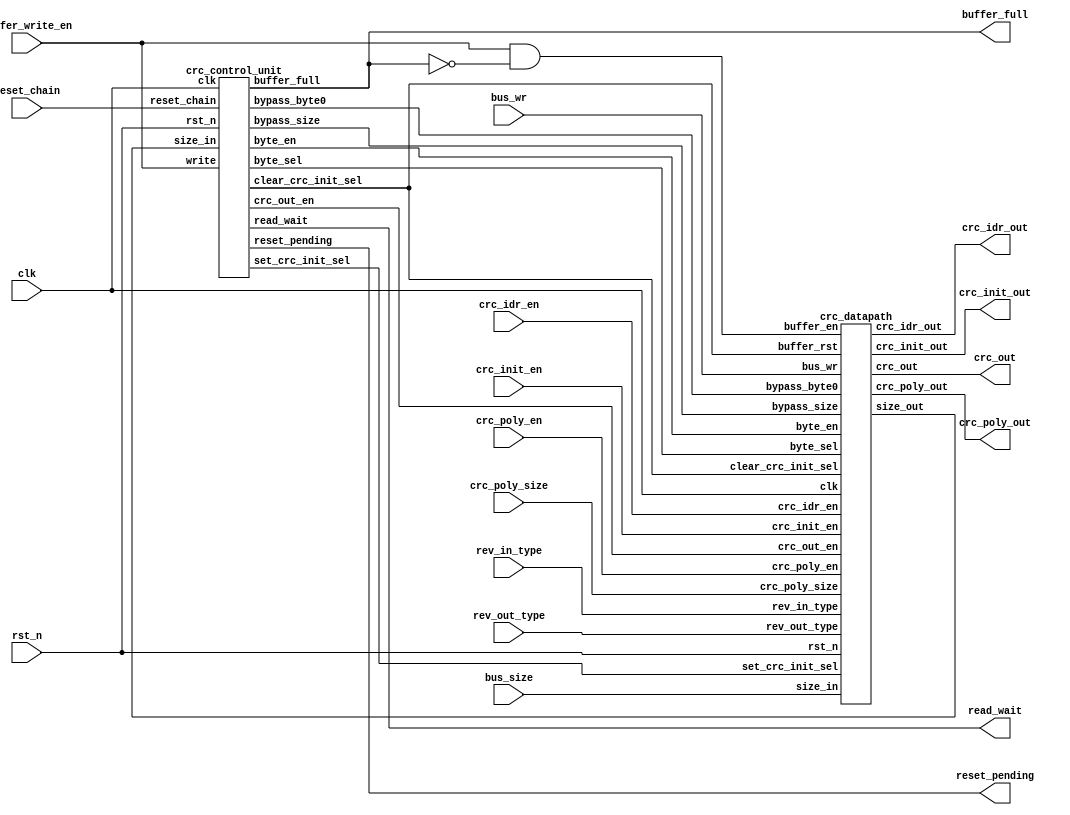
`define size ((DATA_SIZE/4) * (2 ** (type - 1)))

module crc_unit
(
 //OUTPUTS
 output [31:0] crc_poly_out,
 output [31:0] crc_out,
 output [31:0] crc_init_out,
 output [7:0] crc_idr_out,
 output buffer_full,
 output read_wait,
 output reset_pending,
 //INPUTS
 input [31:0] bus_wr,
 input [ 1:0] crc_poly_size,
 input [ 1:0] bus_size,
 input [ 1:0] rev_in_type,
 input rev_out_type,
 input crc_init_en,
 input crc_idr_en,
 input crc_poly_en,
 input buffer_write_en,
 input reset_chain,
 input clk,
 input rst_n
);

//Interconection signals
wire [ 1:0] size_in;
wire [ 1:0] byte_sel;
wire clear_crc_init;
wire set_crc_init;
wire bypass_byte0;
wire bypass_size;
wire crc_out_en;
wire byte_en;
wire buffer_en;

//The write in the buffer only occur if there is free space
assign buffer_en = buffer_write_en && !buffer_full;

//Instance of the Datapath
crc_datapath DATAPATH
(
 .crc_out            ( crc_out        ),
 .size_out           ( size_in        ),
 .crc_idr_out        ( crc_idr_out    ),
 .crc_poly_out       ( crc_poly_out   ),
 .crc_init_out       ( crc_init_out   ),
 .bus_wr             ( bus_wr         ), 
 .rev_in_type        ( rev_in_type    ),
 .rev_out_type       ( rev_out_type   ),
 .buffer_en          ( buffer_en      ),
 .byte_en            ( byte_en        ),
 .crc_init_en        ( crc_init_en    ),
 .crc_out_en         ( crc_out_en     ),
 .crc_idr_en         ( crc_idr_en     ),
 .crc_poly_en        ( crc_poly_en    ),
 .buffer_rst         ( clear_crc_init ),
 .bypass_byte0       ( bypass_byte0   ),
 .bypass_size        ( bypass_size    ),
 .byte_sel           ( byte_sel       ),
 .size_in            ( bus_size       ),
 .clear_crc_init_sel ( clear_crc_init ),
 .set_crc_init_sel   ( set_crc_init   ),
 .crc_poly_size      ( crc_poly_size  ),
 .clk                ( clk            ),
 .rst_n              ( rst_n          )
);

//Instance of the Control unit
crc_control_unit CONTROL_UNIT
(
 .byte_en            ( byte_en          ),
 .crc_out_en         ( crc_out_en       ),
 .byte_sel           ( byte_sel         ),
 .bypass_byte0       ( bypass_byte0     ),
 .buffer_full        ( buffer_full      ),
 .read_wait          ( read_wait        ),
 .bypass_size        ( bypass_size      ),
 .set_crc_init_sel   ( set_crc_init     ),
 .clear_crc_init_sel ( clear_crc_init   ),
 .size_in            ( size_in          ),
 .write              ( buffer_write_en  ),
 .reset_chain        ( reset_chain      ),
 .reset_pending      ( reset_pending    ),
 .clk                ( clk              ),
 .rst_n              ( rst_n            )
);
endmodule
module crc_control_unit
(
 //OUTPUTS
 output reg [1:0] byte_sel,
 output bypass_byte0,
 output buffer_full,
 output read_wait,
 output bypass_size,
 output set_crc_init_sel,
 output clear_crc_init_sel,
 output crc_out_en,
 output byte_en,
 output reset_pending,
 //INPUTS
 input [1:0] size_in,
 input write,
 input reset_chain,
 input clk,
 input rst_n
);

//States definition for state_full
localparam EMPTY   = 2'b00;
localparam WRITE_1 = 2'b01;
localparam WRITE_2 = 2'b10;
localparam BYPASS  = 2'b11;

//States definition for state_byte
localparam IDLE   = 3'b100;
localparam BYTE_0 = 3'b000;
localparam BYTE_1 = 3'b001;
localparam BYTE_2 = 3'b010;
localparam BYTE_3 = 3'b011;

//States definition for state_reset
localparam NO_RESET = 3'b000;
localparam RESET    = 3'b001;
localparam WAIT     = 3'b010;
localparam WRITE    = 3'b011;
localparam RESET_2  = 3'b100;

//Coding for size signal
localparam BYTE      = 2'b00;
localparam HALF_WORD = 2'b01;
localparam WORD      = 2'b10;

//Flops Definition
reg [1:0] state_full;
reg [2:0] state_byte;
reg [2:0] state_reset;

//Internal signals
reg [1:0] next_state_full;
reg [2:0] next_state_byte;
reg [2:0] next_state_reset;

wire last_byte;
wire has_data;


//FSM for management of writes in the input buffers 
//Definition of state register
always @(posedge clk)
 begin
  if(!rst_n)
   state_full <= EMPTY;
  else
   state_full <= next_state_full;
 end

//This signal indicates that the last byte is in processing
assign last_byte = (size_in == BYTE      && state_byte == BYTE_0) ||
                   (size_in == HALF_WORD && state_byte == BYTE_1) ||
                   (size_in == WORD      && state_byte == BYTE_3) ;

//Next state Logic
always @(*)
 begin
  next_state_full = state_full;
  case(state_full)
   EMPTY  : next_state_full = (write) ? WRITE_1 : EMPTY;
   WRITE_1: 
    begin
     if(last_byte)
      begin
       if(!write)
        next_state_full = EMPTY;
      end
     else
      begin
       if(write)
        next_state_full = WRITE_2;
      end
    end
   WRITE_2:
    begin
     if(last_byte)
      next_state_full = (write) ? BYPASS : WRITE_1;
    end
   BYPASS :
    begin
     if(last_byte && !write)
      next_state_full = WRITE_1;
    end
  endcase
 end

//The flag full indicates that buffer is full and any attempt of writing must wait
assign buffer_full = (state_full == WRITE_2 && !last_byte) ||
                     (state_full == BYPASS  && !last_byte);

assign read_wait = (state_byte != IDLE);

//This signal controls the selection of the byte0 
//When bypass_byte0 = 1 the input of byte_ff is taken
//Otherwise, its output is taken
assign bypass_byte0 = (state_full != BYPASS); 

//This signal indicates that there are data in the second position of the buffer
assign has_data = (state_full == WRITE_2) ||
                  (state_full == BYPASS ) ;


//FSM for management of readings in the buffer
//Definition of state register
always @(posedge clk)
 begin
  if(!rst_n)
   state_byte <= IDLE;
  else
   state_byte <= next_state_byte;
 end

always @(*)
 begin
  next_state_byte = state_byte;
  case(state_byte)
   IDLE: next_state_byte = (write) ? BYTE_0 : IDLE;
   BYTE_0:
    begin
     if(size_in == BYTE)
      begin
       if(!write && !has_data)
        next_state_byte = IDLE;
      end
     else
      begin
       next_state_byte = BYTE_1;
      end
    end
   BYTE_1:
    begin
     if(size_in == HALF_WORD)
      begin
       if(has_data || (write && !buffer_full))
        next_state_byte = BYTE_0;
       else
        next_state_byte = IDLE;
      end
     else
      begin
       next_state_byte = BYTE_2;
      end
    end
   BYTE_2:
    begin
     next_state_byte = BYTE_3;
    end
   BYTE_3:
    begin
     if(has_data || (write && !buffer_full))
      next_state_byte = BYTE_0;
     else
      next_state_byte = IDLE;
    end
  endcase
 end

//The signal byte_sel controls the number of byte that will be processed by CRC Unit
always @(*)
 begin
  byte_sel = 2'b00;
  case(state_byte)
   BYTE_0: byte_sel = BYTE_0;
   BYTE_1: byte_sel = BYTE_1;
   BYTE_2: byte_sel = BYTE_2;
   BYTE_3: byte_sel = BYTE_3;
  endcase
 end
//This signal controls the selection of the metadata size 
//When bypass_size = 1 the input of size_ff is taken
//Otherwise, its output is taken
assign bypass_size = !( (state_full != BYPASS && state_byte != BYTE_0) ||
                        (state_full == BYPASS)
                      );

//This signal enables the write in the crc_out register
assign crc_out_en = (state_byte != IDLE);

//
assign byte_en = (state_byte == BYTE_0 && (size_in == HALF_WORD || size_in == WORD) && state_full != BYPASS) ||
                 (last_byte && has_data);

//FSM for control of reset of chained operation
//Definition of state register
always @(posedge clk)
 begin
  if(!rst_n)
   state_reset <= NO_RESET;
  else
   state_reset <= next_state_reset;
 end

always @(*)
 begin
  next_state_reset = state_reset;
  case(state_reset)
   NO_RESET:
    begin
     if((reset_chain && !has_data && state_byte != IDLE && !last_byte) || (reset_chain && has_data && last_byte))
      next_state_reset = RESET;
     if(reset_chain  && has_data && !last_byte)
      next_state_reset = WAIT;
    end
   RESET:
    begin
     if(last_byte)
      next_state_reset = NO_RESET;
     else
      next_state_reset = (write) ? WRITE : RESET;
    end
   WAIT:
    begin
     if(last_byte)
      next_state_reset = (write) ? WRITE : RESET;
     else
      next_state_reset = WAIT;
    end
   WRITE:
    begin
     if(reset_chain)
      next_state_reset = (last_byte) ? RESET : RESET_2;
     else
      next_state_reset = (last_byte) ? NO_RESET : WRITE;
    end
   RESET_2:
    begin
     if(last_byte)
      next_state_reset = (write) ? WRITE : RESET;
     else
      next_state_reset = RESET_2;
    end
  endcase
 end

//This signal set the crc_init_sel flop
//When seted this flop turn on the chained operation of crc 
assign set_crc_init_sel = (state_byte == BYTE_0);

//This signal clear the crc_init_sel
//The clear get priority over set
assign clear_crc_init_sel = (state_reset == NO_RESET && last_byte && reset_chain) ||
                            (state_byte  == IDLE     && reset_chain             ) ||
                            (state_reset == RESET    && last_byte               ) ||
                            (state_reset == WRITE    && last_byte               ) ||
                            (state_reset == RESET_2  && last_byte               ) ;

assign reset_pending = (state_reset != NO_RESET);

endmodule
module crc_datapath
(
 //OUTPUTS
 output [31:0] crc_out,
 output [ 1:0] size_out,
 output [ 7:0] crc_idr_out,
 output [31:0] crc_poly_out,
 output [31:0] crc_init_out,
 //INPUTS
 input [31:0] bus_wr, //Write data Bus
 input [ 1:0] rev_in_type, //select type of reversion of bus
 input rev_out_type,
 input buffer_en,
 input byte_en,
 input crc_init_en,
 input crc_out_en,
 input crc_idr_en,
 input crc_poly_en,
 input buffer_rst,
 input bypass_byte0,
 input bypass_size,
 input [1:0] byte_sel,
 input [1:0] size_in,
 input clear_crc_init_sel,
 input set_crc_init_sel,
 input [1:0] crc_poly_size,
 input clk,
 input rst_n
);

//Reset definitions
localparam RESET_BUFFER       = 32'hffffffff;
localparam RESET_BYTE         = 32'hffffffff;
localparam RESET_BF_SIZE      = 2'b10;
localparam RESET_SIZE         = 2'b10;
localparam RESET_CRC_INIT_SEL = 1'b0;
localparam RESET_CRC_INIT     = 32'hffffffff;
localparam RESET_CRC_OUT      = 32'h0;
localparam RESET_CRC_IDR      = 8'h0;
localparam RESET_CRC_POLY     = 32'h04c11db7;

//Parameters definitions
localparam BYTE_0 = 2'b00; 
localparam BYTE_1 = 2'b01; 
localparam BYTE_2 = 2'b10; 
localparam BYTE_3 = 2'b11; 

localparam POLY_SIZE_32 = 2'b00;
localparam POLY_SIZE_16 = 2'b01;
localparam POLY_SIZE_8  = 2'b10;
localparam POLY_SIZE_7  = 2'b11;

//Flops Definition
reg [31:0] buffer_ff;
reg [31:0] byte_ff;
reg [31:0] crc_init_ff;
reg [31:0] crc_out_ff;
reg [31:0] crc_poly_ff;
reg [ 7:0] crc_idr_ff;
reg [ 1:0] bf_size_ff;
reg [ 1:0] size_ff;
reg crc_init_sel_ff;

//internal signals definition
reg [7:0] crc_data_in;
reg crc_poly_size_7; 
reg crc_poly_size_8; 
reg crc_poly_size_16;
reg crc_poly_size_32;
wire [31:0] bus_reversed;
wire [31:0] crc_init_mux;
wire [31:0] crc_unit_out;
wire [31:0] crc_poly_size_in;
wire [31:0] crc_out_rev;
wire [ 7:0] byte0_in;
wire [ 7:0] byte1_in;
wire [ 7:0] byte2_in;
wire [ 7:0] byte3_in;
wire [ 7:0] byte0_mux_out;

//Instantiatin of bit_reversed module 
//to perform reversion fuctionality according with rev_type bits
bit_reversal 
#(
 .DATA_SIZE ( 32 )
)REV_IN
(
 .data_out ( bus_reversed    ),
 .data_in  ( bus_wr          ),
 .rev_type ( rev_in_type     )
);

//Definition of Registers buffer_ff and byte_ff
always @(posedge clk)
 begin
  if(!rst_n)
   begin
    buffer_ff  <= RESET_BUFFER; 
    byte_ff    <= RESET_BYTE; 
   end 
  else
   begin
    if(buffer_en)
     buffer_ff <= bus_reversed;
    //else
    // if(buffer_rst)
    //  buffer_ff <= RESET_BUFFER;

    if(byte_en)
     byte_ff <= buffer_ff;
   end
 end

//Definition of Registers bf_size_ff and size_ff
always @(posedge clk)
 begin
  if(!rst_n)
   begin
    bf_size_ff <= RESET_BF_SIZE;
    size_ff    <= RESET_SIZE;
   end 
  else
   begin
    if(buffer_en)
     bf_size_ff <= size_in;
    else
     if(buffer_rst)
      bf_size_ff <= RESET_BF_SIZE;

    if(byte_en)
     size_ff <= bf_size_ff;
   end
 end

//Mux to bypass size_ff
//This informatin is used by FSM to decide the size of the current operatin  
assign size_out = (bypass_size) ? bf_size_ff : size_ff;

assign byte0_in = byte_ff[ 7: 0];
assign byte1_in = byte_ff[15: 8];
assign byte2_in = byte_ff[23:16];
assign byte3_in = byte_ff[31:24];

//Mux to bypass byte0_ff
assign byte0_mux_out = (bypass_byte0) ? buffer_ff[7:0] : byte0_in;

//Mux to select input of CRC Unit
//TODO:AVALIAR A INFLUENCIA DA CODIFICACAO DA FSM NO SINAL BYTE_SEL 
always @(*)
 begin
  crc_data_in = 32'h0;
  case(byte_sel)
   BYTE_0: crc_data_in = byte0_mux_out;
   BYTE_1: crc_data_in = byte1_in;
   BYTE_2: crc_data_in = byte2_in;
   BYTE_3: crc_data_in = byte3_in;
   default:crc_data_in = 32'h0;
  endcase
 end

//Definition of Register crc_init_sel_ff
//This is a set/clear flop where the clear wins set
//This flop controls when the CRC operation is chained (crc_init_sel_ff = 1) or not
//In the chained operatin the current crc calculation depends of the previous crc calculated
//in the unchained operatin the current crc calculation depends of value of crc_init register
always @(posedge clk)
 begin
  if(!rst_n)
   crc_init_sel_ff <= RESET_CRC_INIT_SEL;
  else
   begin
    if(clear_crc_init_sel)
     crc_init_sel_ff <= 1'b0;
    else
     if(set_crc_init_sel)
      crc_init_sel_ff <= 1'b1;
   end
 end

//This register contains the init value used in non chained operatin of crc
assign crc_init_out = crc_init_ff;
always @(posedge clk)
 begin
  if(!rst_n)
   crc_init_ff <= RESET_CRC_INIT;
  else
   if(crc_init_en) 
    crc_init_ff <= bus_wr;
	 else
	   if(buffer_rst)
			 crc_init_ff <= RESET_CRC_INIT;
 end

//This register contains the final value of crc
always @(posedge clk)
 begin
  if(!rst_n)
   crc_out_ff <= RESET_CRC_OUT;
  else
   if(crc_out_en) 
    crc_out_ff <= crc_unit_out;
 end

//this is a general purpouse register
//see the spec for more details
assign crc_idr_out = crc_idr_ff;
always @(posedge clk)
 begin
  if(!rst_n)
   crc_idr_ff <= RESET_CRC_IDR;
  else
   if(crc_idr_en) 
    crc_idr_ff <= bus_wr[7:0];
 end

//This register contains the polynomial coefficients to crc calculation
assign crc_poly_out = crc_poly_ff;
always @(posedge clk)
 begin
  if(!rst_n)
   crc_poly_ff <= RESET_CRC_POLY;
  else
   if(crc_poly_en) 
    crc_poly_ff <= bus_wr;
 end

//Mux that define the type of operation (chained or not)    
assign crc_init_mux = (crc_init_sel_ff) ? crc_out_ff : crc_init_ff;

//Decoding of crc_poly_sizesignal
always @(*)
 begin
  crc_poly_size_7  = 1'b0;
  crc_poly_size_8  = 1'b0;
  crc_poly_size_16 = 1'b0;
  crc_poly_size_32 = 1'b0;
  case(crc_poly_size)
   POLY_SIZE_7 : crc_poly_size_7  = 1'b1;
   POLY_SIZE_8 : crc_poly_size_8  = 1'b1;
   POLY_SIZE_16: crc_poly_size_16 = 1'b1;
   POLY_SIZE_32: crc_poly_size_32 = 1'b1;
  endcase
 end

//This signal define the configurability of the CRC Unit
//In this case, the size of the polynomial can be: 7, 8, 16 or 32
assign crc_poly_size_in = {crc_poly_size_32, 15'h0, crc_poly_size_16, 7'h0, crc_poly_size_8, crc_poly_size_7, 6'h0};

//Instanciation of CRC Unit
//The module is configured to calculate CRC of 32 bits for 8 bits of data in parallel
crc_parallel
#(
 .CRC_SIZE   ( 32 ),
 .FRAME_SIZE ( 8  )
)CRC_UNIT
(
 .crc_out       ( crc_unit_out     ),
 .data_in       ( crc_data_in      ),
 .crc_init      ( crc_init_mux     ),
 .crc_poly      ( crc_poly_ff      ),
 .crc_poly_size ( crc_poly_size_in )
);

//crc_out_rev[31:0] = crc_out_ff[0:31]
generate
 genvar i;
 for(i = 0; i < 32; i = i + 1)
  assign crc_out_rev[i] = crc_out_ff[31 - i];
endgenerate

assign crc_out = (rev_out_type) ? crc_out_rev : crc_out_ff;

endmodule
module crc_parallel
#(
	parameter CRC_SIZE      = 8,         // Define the size of CRC Code
	parameter FRAME_SIZE    = 8          // Number of bits in the data block
)(
	//OUTPUTS
	output [CRC_SIZE   - 1 : 0] crc_out,
	//INPUTS
	input  [FRAME_SIZE - 1 : 0] data_in,
	input  [CRC_SIZE   - 1 : 0] crc_init,
	input  [CRC_SIZE   - 1 : 0] crc_poly,
	input  [CRC_SIZE   - 1 : 0] crc_poly_size
);
localparam ENABLE  = {CRC_SIZE{1'b1}};
localparam DISABLE = {CRC_SIZE{1'b0}};

wire [CRC_SIZE - 1 : 0] crc_comb_out[0 : FRAME_SIZE];
wire [CRC_SIZE - 1 : 0] poly_sel    [1 : CRC_SIZE - 1];
wire [CRC_SIZE - 1 : 0] sel_out     [0 : CRC_SIZE - 1];
wire [CRC_SIZE - 1 : 0] crc_init_sel[0 : CRC_SIZE - 1];
wire [CRC_SIZE - 1 : 0] poly_mux;
wire [CRC_SIZE - 1 : 0] crc_poly_size_reversed;
wire [CRC_SIZE - 1 : 0] crc_init_justified;

assign poly_mux[0] = crc_poly[0];
generate
  genvar k;
	for(k = 1; k < CRC_SIZE; k = k + 1)
		begin
			assign poly_sel[CRC_SIZE - k] = crc_poly_size >> (k - 1);
			assign poly_mux[k] = |(crc_poly & poly_sel[k]);
		end
endgenerate

generate
	genvar l;
	for(l = 0; l < CRC_SIZE; l = l + 1)
		begin
			assign crc_poly_size_reversed[l] = crc_poly_size[CRC_SIZE - 1 - l];
			assign sel_out[l] = crc_poly_size_reversed << l;
			assign crc_out[l] = |(sel_out[l] & crc_comb_out[FRAME_SIZE]);
		end
endgenerate

generate
	genvar m;
	for(m = CRC_SIZE - 1; m >= 0; m = m - 1)
		begin
			assign crc_init_sel[m] = crc_poly_size >> (CRC_SIZE - 1 - m);
			assign crc_init_justified[m] = |(crc_init & crc_init_sel[m]);
		end
endgenerate

assign crc_comb_out[0] = crc_init_justified;

generate
	genvar i;
	for(i = 0; i < FRAME_SIZE; i = i + 1)
		begin
			crc_comb 
			#(
				.CRC_SIZE      ( CRC_SIZE      ),
				.MASK          ( ENABLE        )
			) CRC_COMB
			(
				.crc_out       ( crc_comb_out[i + 1]           ),
				.data_in       ( data_in[FRAME_SIZE - 1 - i]   ),
				.crc_in        ( crc_comb_out[i]               ),
				.crc_poly      ( poly_mux                      ),
				.crc_poly_size ( crc_poly_size[CRC_SIZE - 2:0] )
			);
		end
endgenerate

endmodule
module crc_comb
#(
	parameter CRC_SIZE      = 8,         // Define the size of CRC Code
 	parameter MASK          = 8'hff      // This mask define the level of configurability of the module
)(
	//OUTPUTS
	output [CRC_SIZE - 1 : 0] crc_out,   // CRC code after one round of calculation
	//INPUTS
	input                    data_in,    // One bit of data block
	input [CRC_SIZE - 1 : 0] crc_in,     // In cascated mode, this input is the previous calculated CRC code
	input [CRC_SIZE - 1 : 0] crc_poly,   // Generator Polynomial
  input [CRC_SIZE - 2 : 0] crc_poly_size
);

wire [CRC_SIZE - 2 : 0] MASK_REVERSED;
wire [CRC_SIZE - 1 : 0] feedback;
wire [CRC_SIZE - 2 : 0] crc_in_masked;
wire [CRC_SIZE - 2 : 0] crc_poly_size_reversed;

generate
  genvar i;
  for(i = 0; i < CRC_SIZE - 1; i = i + 1)
    begin
			assign crc_poly_size_reversed[i] = crc_poly_size[CRC_SIZE - 2 - i];
   		assign MASK_REVERSED[i] = MASK[CRC_SIZE - 2 - i]; 
		end
endgenerate

assign feedback = crc_poly & {CRC_SIZE{crc_in[CRC_SIZE - 1] ^ data_in}};
assign crc_in_masked = crc_in[CRC_SIZE - 2 : 0] & (~(crc_poly_size_reversed[CRC_SIZE - 2 : 0] & MASK_REVERSED)); 
assign crc_out = {crc_in_masked ^ feedback[CRC_SIZE - 1 : 1], feedback[0]}; 

endmodule
module bit_reversal
#(
	parameter DATA_SIZE = 32
)
(
	//OUTPUTS
	output [DATA_SIZE - 1 : 0] data_out,
	//INPUTS
	input  [DATA_SIZE - 1 : 0] data_in,
	input  [1 : 0] rev_type
);


//Bit reversing types
localparam NO_REVERSE = 2'b00; 
localparam BYTE       = 2'b01;
localparam HALF_WORD  = 2'b10;
localparam WORD       = 2'b11;

localparam TYPES = 4;

wire [DATA_SIZE - 1 : 0] data_reversed[0 : 3];


assign data_reversed[NO_REVERSE] = data_in; //bit order not affected

generate
	genvar i, type;
	for(type = 1 ; type < TYPES; type = type + 1)
		for(i = 0; i < DATA_SIZE; i = i + 1)
			begin
				if(i < `size)
					assign data_reversed[type][i] = data_in[`size*((i/`size) + 1) - 1 - i];
				else
					assign data_reversed[type][i] = data_in[`size*((i/`size) + 1) - 1 - (i%(`size*(i/`size)))];
			end
endgenerate

//Output Mux
assign data_out = data_reversed[rev_type];

endmodule